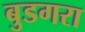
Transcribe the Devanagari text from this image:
बुडगरा